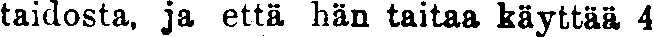
taidosta, ja että hän taitaa käyttää 4